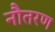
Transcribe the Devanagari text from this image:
नौतरण